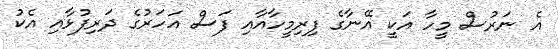
އެ ނަރުސް މީހާ އަކީ އޭނާގެ ފިރިމީހާއާއި ފަސް އަހަރުގެ ދަރިފުޅާއި އެކު